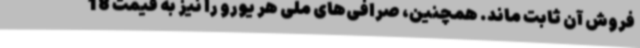
فروش آن ثابت ماند. همچنین، صرافی‌های ملی هر یورو را نیز به قیمت 18